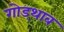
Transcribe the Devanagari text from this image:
गोड्थाब